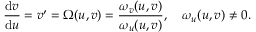
\frac { \mathrm { d } v } { \mathrm { d } u } = v ^ { \prime } = \Omega ( u , v ) = \frac { \omega _ { v } ( u , v ) } { \omega _ { u } ( u , v ) } , \quad \omega _ { u } ( u , v ) \neq 0 .